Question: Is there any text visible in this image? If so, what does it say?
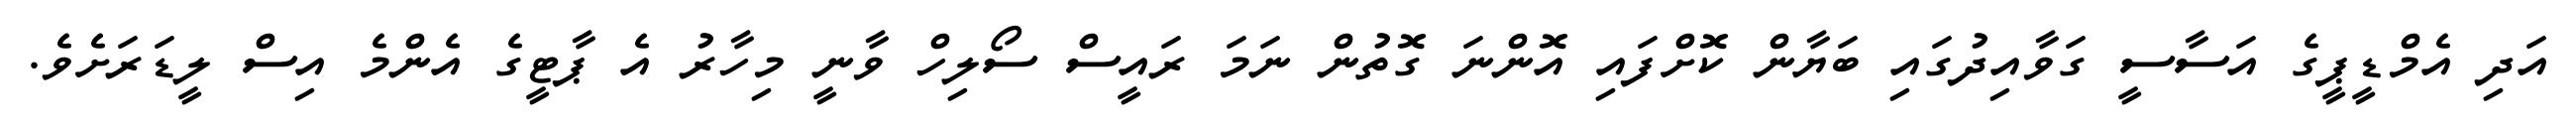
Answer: އަދި އެމްޑީޕީގެ އަސާސީ ގަވާއިދުގައި ބަޔާން ކޮށްފައި އޮންނަ ގޮތުން ނަމަ ރައީސް ސޯލިހް ވާނީ މިހާރު އެ ޕާޓީގެ އެންމެ އިސް ލީޑަރަށެވެ.